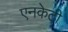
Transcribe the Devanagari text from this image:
एनकेटी